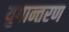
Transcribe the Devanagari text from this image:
युगान्तरण